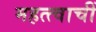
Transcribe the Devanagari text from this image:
महत्त्वाचीं